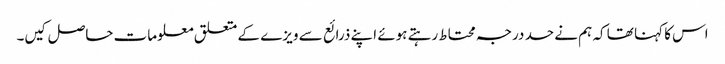
اس کا کہنا تھا کہ ہم نے حد درجہ محتاط رہتے ہوئے اپنے ذرائع سے ویزے کے متعلق معلومات حاصل کیں۔